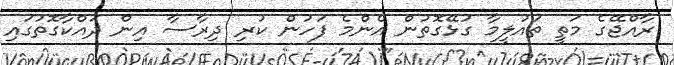
ރާއްޖޭގެ މަތީ ތައުލީމާ ގުޅޭގޮތުން އެންމެ ފަހުން ކުރި ދިރާސާ އިން ދައްކާގޮތުގައި